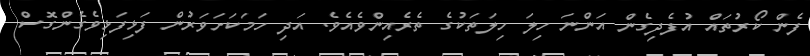
ފެން ކޯރުތައް އުފެދިގެން އަންނަ ހިލަ ހިލަތަކުގެ ތެރެއިންވެއެވެ. އަދި ހަމަކަށަވަރުން ފަޅިފަޅިވެގެންގޮސް